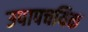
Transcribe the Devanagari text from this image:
उपापचयिक